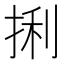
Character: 𪭼